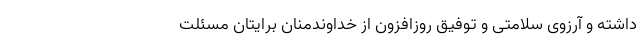
داشته و آرزوی سلامتی و توفیق روزافزون از خداوندمنان برایتان مسئلت